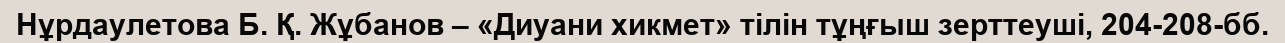
Нұрдаулетова Б. Қ. Жұбанов – «Диуани хикмет» тілін тұңғыш зерттеуші, 204-208-бб.